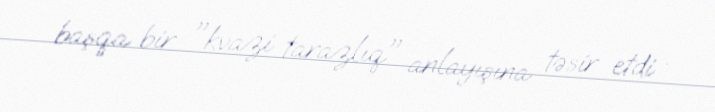
başqa bir "kvazi tarazlıq" anlayışına təsir etdi .